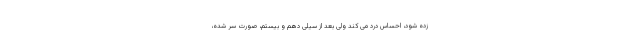
زده شود، احساس درد می کند ولی بعد از سیلی دهم و بیستم، صورت سِر شده،